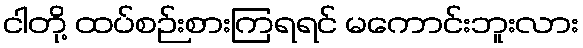
ငါတို့ ထပ်စဉ်းစားကြရရင် မကောင်းဘူးလား